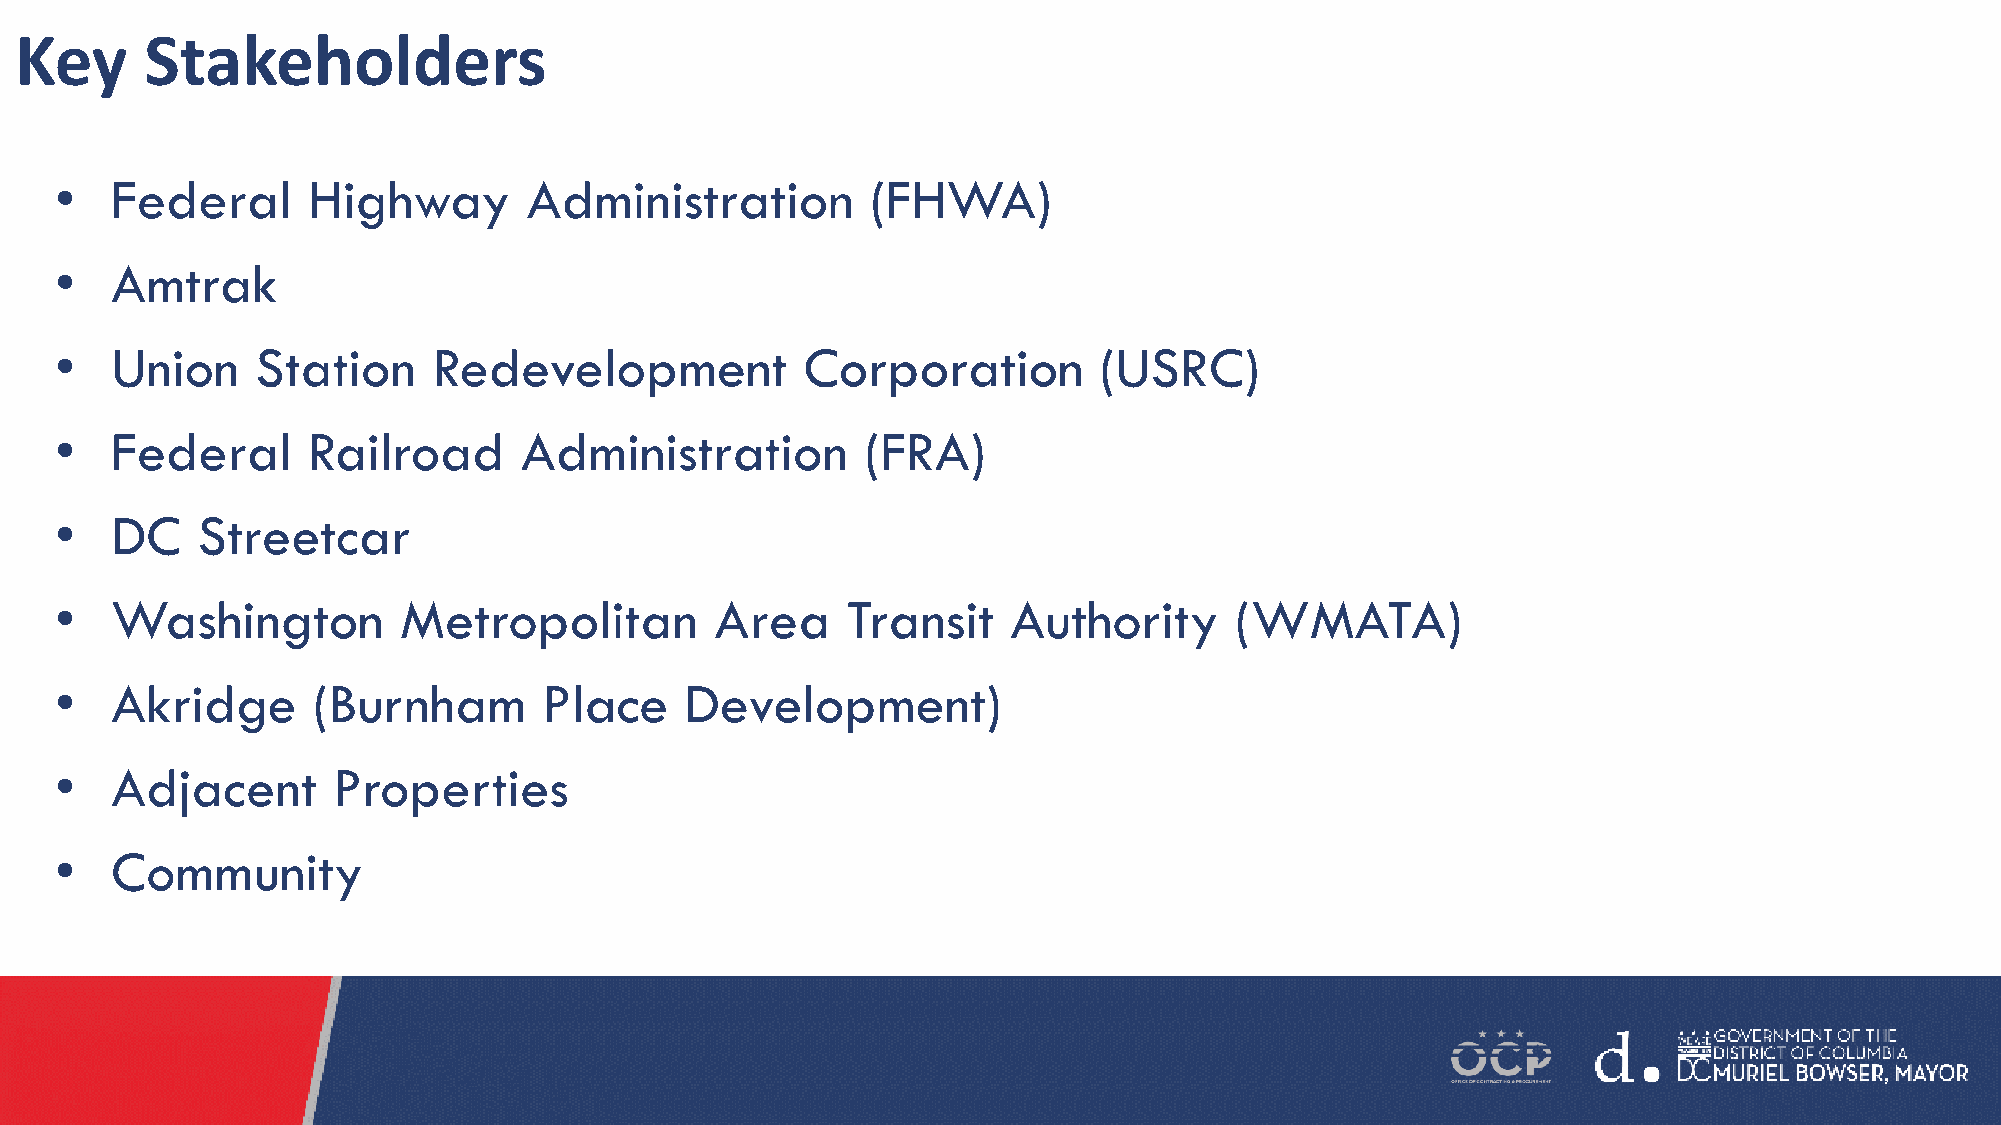
Key      Stakeholders
 •  Federal      Highway        Administration         (FHWA)
 •  Amtrak
 •  Union     Station     Redevelopment           Corporation         (USRC)
 •  Federal      Railroad      Administration         (FRA)
 •  DC    Streetcar
 •  Washington         Metropolitan         Area     Transit    Authority      (WMATA)
 •  Akridge       (Burnham       Place    Development)
 •  Adjacent       Properties
 •  Community